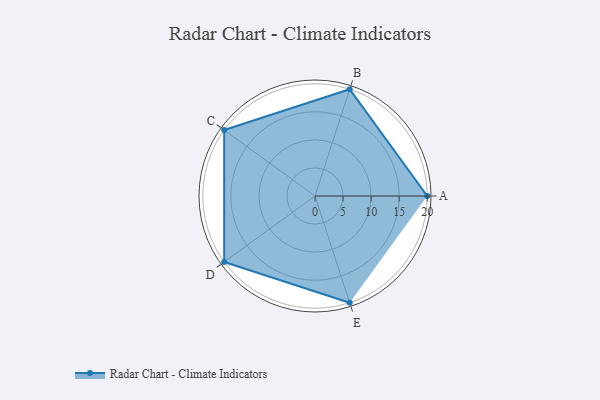
{"axis": {"x": "Skill", "y": "Score"}, "legend": ["Profile"], "data": [{"x": "A", "y": 20, "type": "Profile"}, {"x": "B", "y": 20, "type": "Profile"}, {"x": "C", "y": 20, "type": "Profile"}, {"x": "D", "y": 20, "type": "Profile"}, {"x": "E", "y": 20, "type": "Profile"}]}